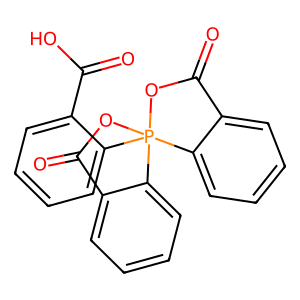
SMILES: O=C(O)c1ccccc1P12(OC(=O)c3ccccc31)OC(=O)c1ccccc12
Inhibits HIV replication: No